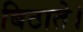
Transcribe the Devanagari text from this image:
बिठाते।